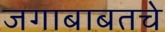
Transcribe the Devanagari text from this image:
जगाबाबतचे